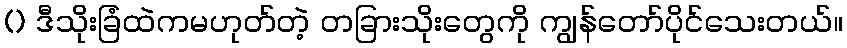
() ဒီသိုးခြံထဲကမဟုတ်တဲ့ တခြားသိုးတွေကို ကျွန်တော်ပိုင်သေးတယ်။